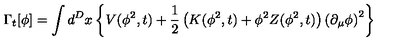
\Gamma _ { t } [ \phi ] = \int d ^ { D } x \left\{ V ( \phi ^ { 2 } , t ) + \frac { 1 } { 2 } \left( K ( \phi ^ { 2 } , t ) + \phi ^ { 2 } Z ( \phi ^ { 2 } , t ) \right) \left( \partial _ { \mu } \phi \right) ^ { 2 } \right\}